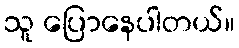
သူ ပြောနေပါတယ်။